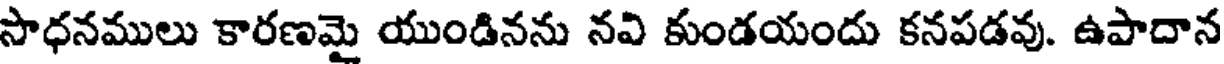
సాధనములు కారణమై యుండినను నవి కుండయందు కనపడవు. ఉపాదాన